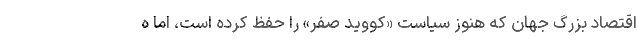
اقتصاد بزرگ جهان که هنوز سیاست «کووید صفر» را حفظ کرده است، اما ه